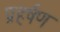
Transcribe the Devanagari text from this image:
प्रहर्षण